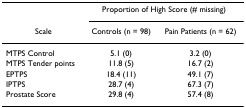
<table><thead><tr><td></td><td colspan="2"><b>Proportion of High Score (# missing)</b></td></tr><tr><td><b>Scale</b></td><td><b>Controls (n = 98)</b></td><td><b>Pain Patients (n = 62)</b></td></tr></thead><tbody><tr><td>MTPS Control</td><td>5.1 (0)</td><td>3.2 (0)</td></tr><tr><td>MTPS Tender points</td><td>11.8 (5)</td><td>16.7 (2)</td></tr><tr><td>EPTPS</td><td>18.4 (11)</td><td>49.1 (7)</td></tr><tr><td>IPTPS</td><td>28.7 (4)</td><td>67.3 (7)</td></tr><tr><td>Prostate Score</td><td>29.8 (4)</td><td>57.4 (8)</td></tr></tbody></table>